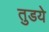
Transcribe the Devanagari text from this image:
तुडये